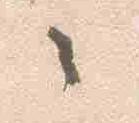
々